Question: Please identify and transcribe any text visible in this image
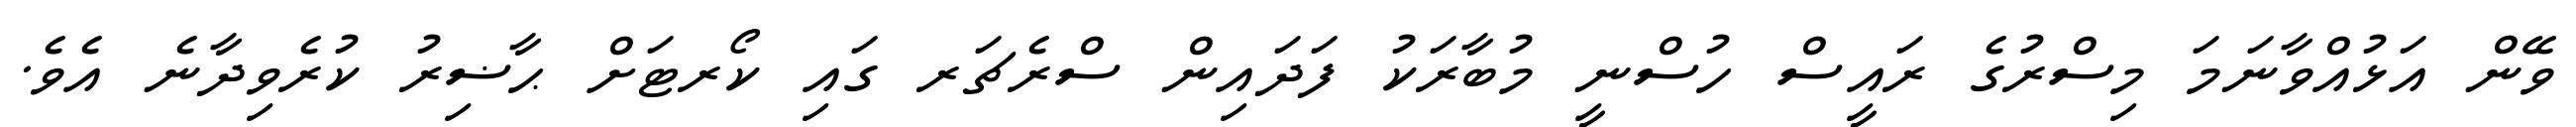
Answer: ވޭން އަޅުއްވާނަމަ މިސްރުގެ ރައީސް ހުސްނީ މުބާރަކު ފަދައިން ސްރެޗަރ ގައި ކޯރޓަށް ޙާޟިރު ކުރެވިދާނެ އެވެ.